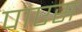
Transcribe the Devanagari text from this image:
पाएस